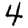
Digit: 4